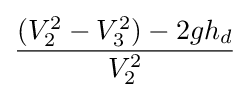
{\frac {(V_{2}^{2}-V_{3}^{2})-2gh_{d}}{V_{2}^{2}}}